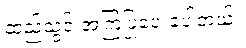
ထည့်သွင်းအကြံပြုပေးခဲ့ပါတယ်။